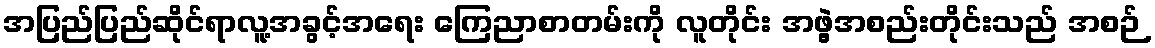
အပြည်ပြည်ဆိုင်ရာလူ့အခွင့်အရေး ကြေညာစာတမ်းကို လူတိုင်း အဖွဲ့အစည်းတိုင်းသည် အစဉ်